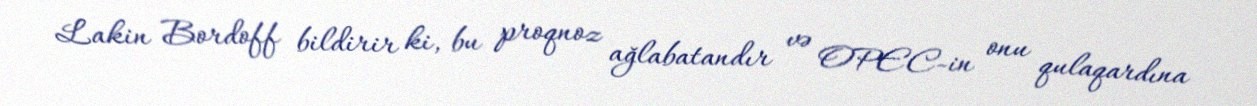
Lakin Bordoff bildirir ki, bu proqnoz ağlabatandır və OPEC-in onu qulaqardına